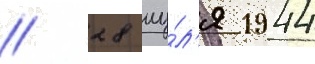
// 28 иу́л'я 1944